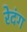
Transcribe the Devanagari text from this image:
रेदंग